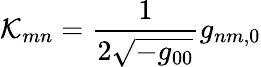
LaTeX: {\cal K}_{mn}=\frac{1}{2\sqrt{-g_{00}}}g_{nm,0}